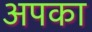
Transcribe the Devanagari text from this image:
अपका